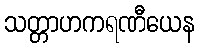
သတ္တာဟကရဏီယေန